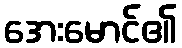
အေးမောင်၏